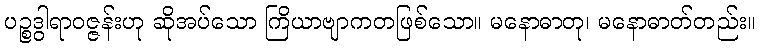
ပဉ္စဒွါရာဝဇ္ဇန်းဟု ဆိုအပ်သော ကြိယာဗျာကတဖြစ်သော။ မနောဓာတု၊ မနောဓာတ်တည်း။